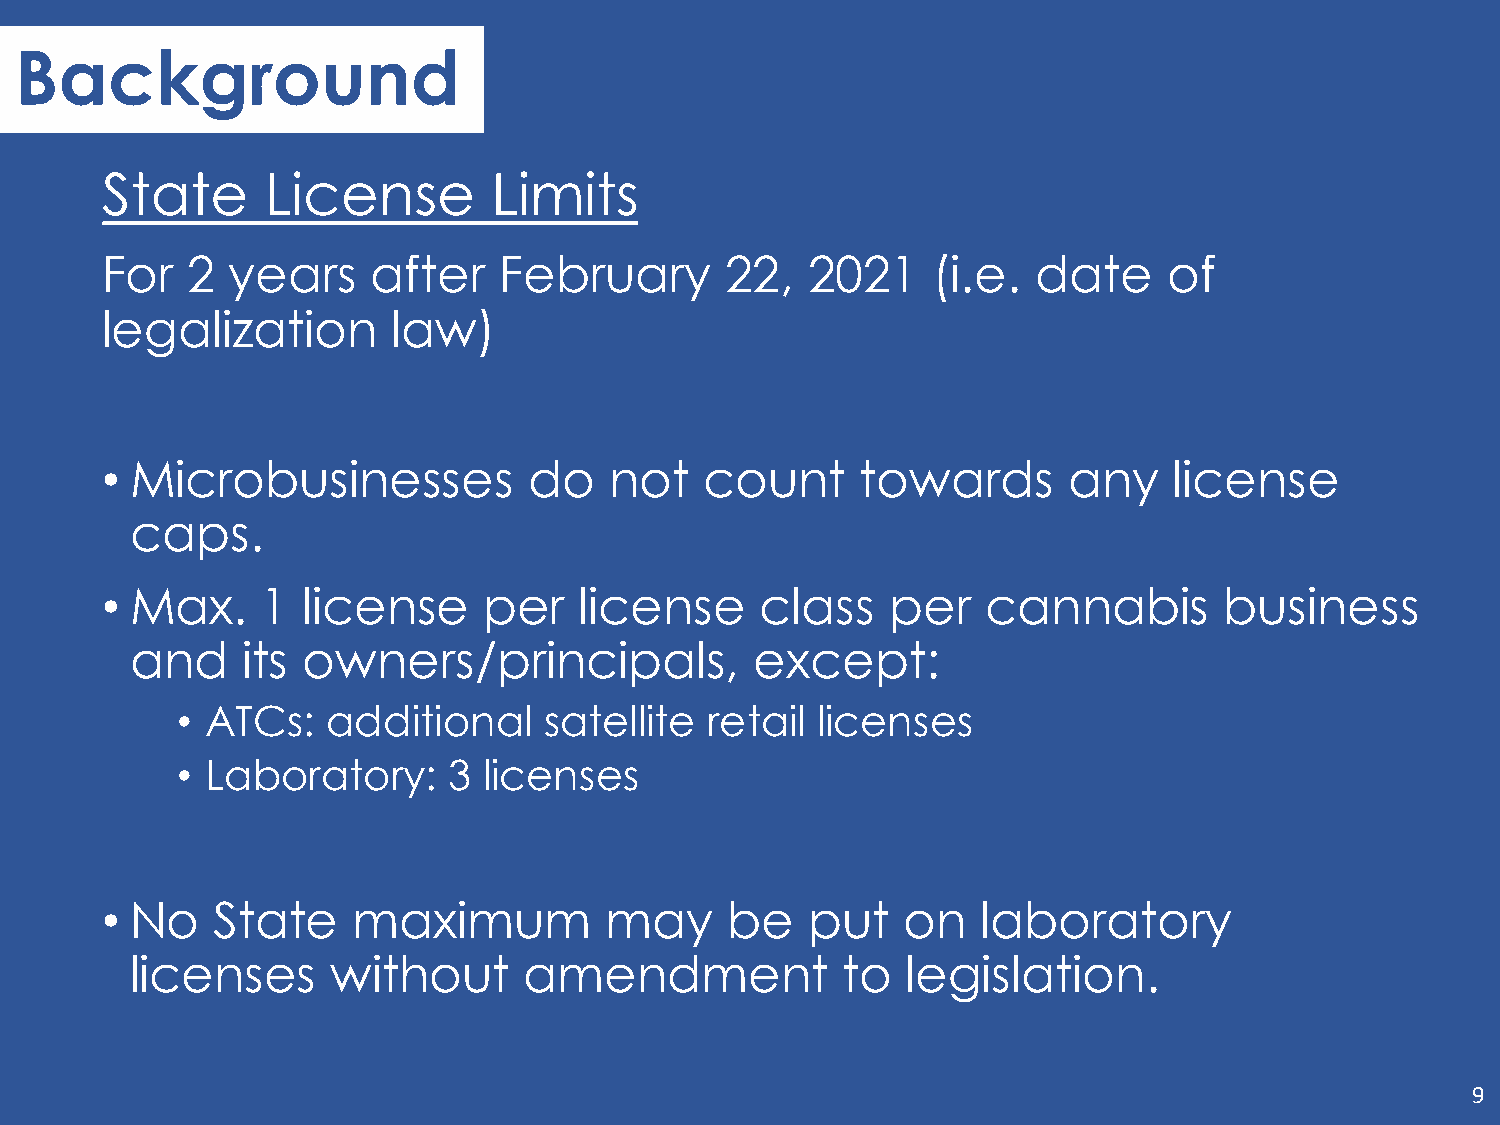
Background
 State      License        Limits
 For  2  years     after   February       22,   2021    (i.e.  date    of
 legalization       law)
 • Microbusinesses           do   not    count     towards       any    license
 caps.
 • Max.    1  license     per   license     class    per   cannabis        business
 and    its owners/principals,            except:
 • ATCs:   additional    satellite  retail licenses
 • Laboratory:     3 licenses
 • No   State    maximum          may     be   put    on   laboratory
 licenses     without      amendment            to  legislation.
 9